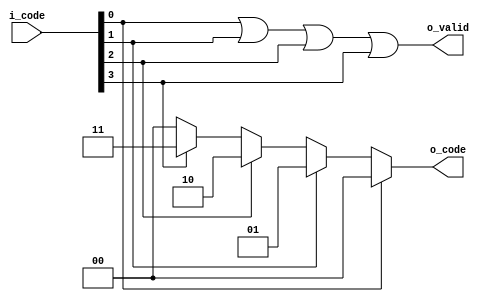
// -- python C:\Users\Brandon\Documents\Personal_Projects\my_utils\modelsim_utils\auto_run.py -d run_cmd__priority_enc_4_2_v.do
//
////////////////////////////////
// Not Using Always
////////////////////////////////
module priority_enc_4_2_v__no_always
  (input  [3:0] i_code,
   output [1:0] o_code,
   output       o_valid);
   
  // behavior model
  // line 0 hase highest priority
  assign o_code = i_code[0] ? 2'b00:
                  i_code[1] ? 2'b01:
                  i_code[2] ? 2'b10:
                  i_code[3] ? 2'b11:
                  2'b00;
           
  // equation model
  assign o_valid  = i_code[0] |
                    i_code[1] |
                    i_code[2] |
                    i_code[3];
                 
endmodule


////////////////////////////////
// Using Always
////////////////////////////////
module priority_enc_4_2_v__always (
  input  [3:0] i_code,
  output reg [1:0] o_code,
  output reg     o_valid);

  always @*
    case (i_code)
      4'b0000 : begin o_code = 2'b00; o_valid = 0; end
      4'b0001 : begin o_code = 2'b00; o_valid = 1; end
      4'b0010 : begin o_code = 2'b01; o_valid = 1; end
      4'b0011 : begin o_code = 2'b00; o_valid = 1; end
      4'b0100 : begin o_code = 2'b10; o_valid = 1; end
      4'b0101 : begin o_code = 2'b00; o_valid = 1; end
      4'b0110 : begin o_code = 2'b01; o_valid = 1; end
      4'b0111 : begin o_code = 2'b00; o_valid = 1; end
      4'b1000 : begin o_code = 2'b11; o_valid = 1; end
      4'b1001 : begin o_code = 2'b00; o_valid = 1; end
      4'b1010 : begin o_code = 2'b01; o_valid = 1; end
      4'b1011 : begin o_code = 2'b00; o_valid = 1; end
      4'b1100 : begin o_code = 2'b10; o_valid = 1; end
      4'b1101 : begin o_code = 2'b00; o_valid = 1; end
      4'b1110 : begin o_code = 2'b01; o_valid = 1; end
      4'b1111 : begin o_code = 2'b00; o_valid = 1; end
    endcase
                 
endmodule